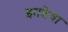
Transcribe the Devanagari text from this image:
झाडेवा